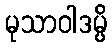
မုသာဝါဒမ္ပိ